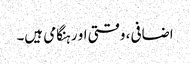
اضافی، وقتی او رہنگامی ہیں۔